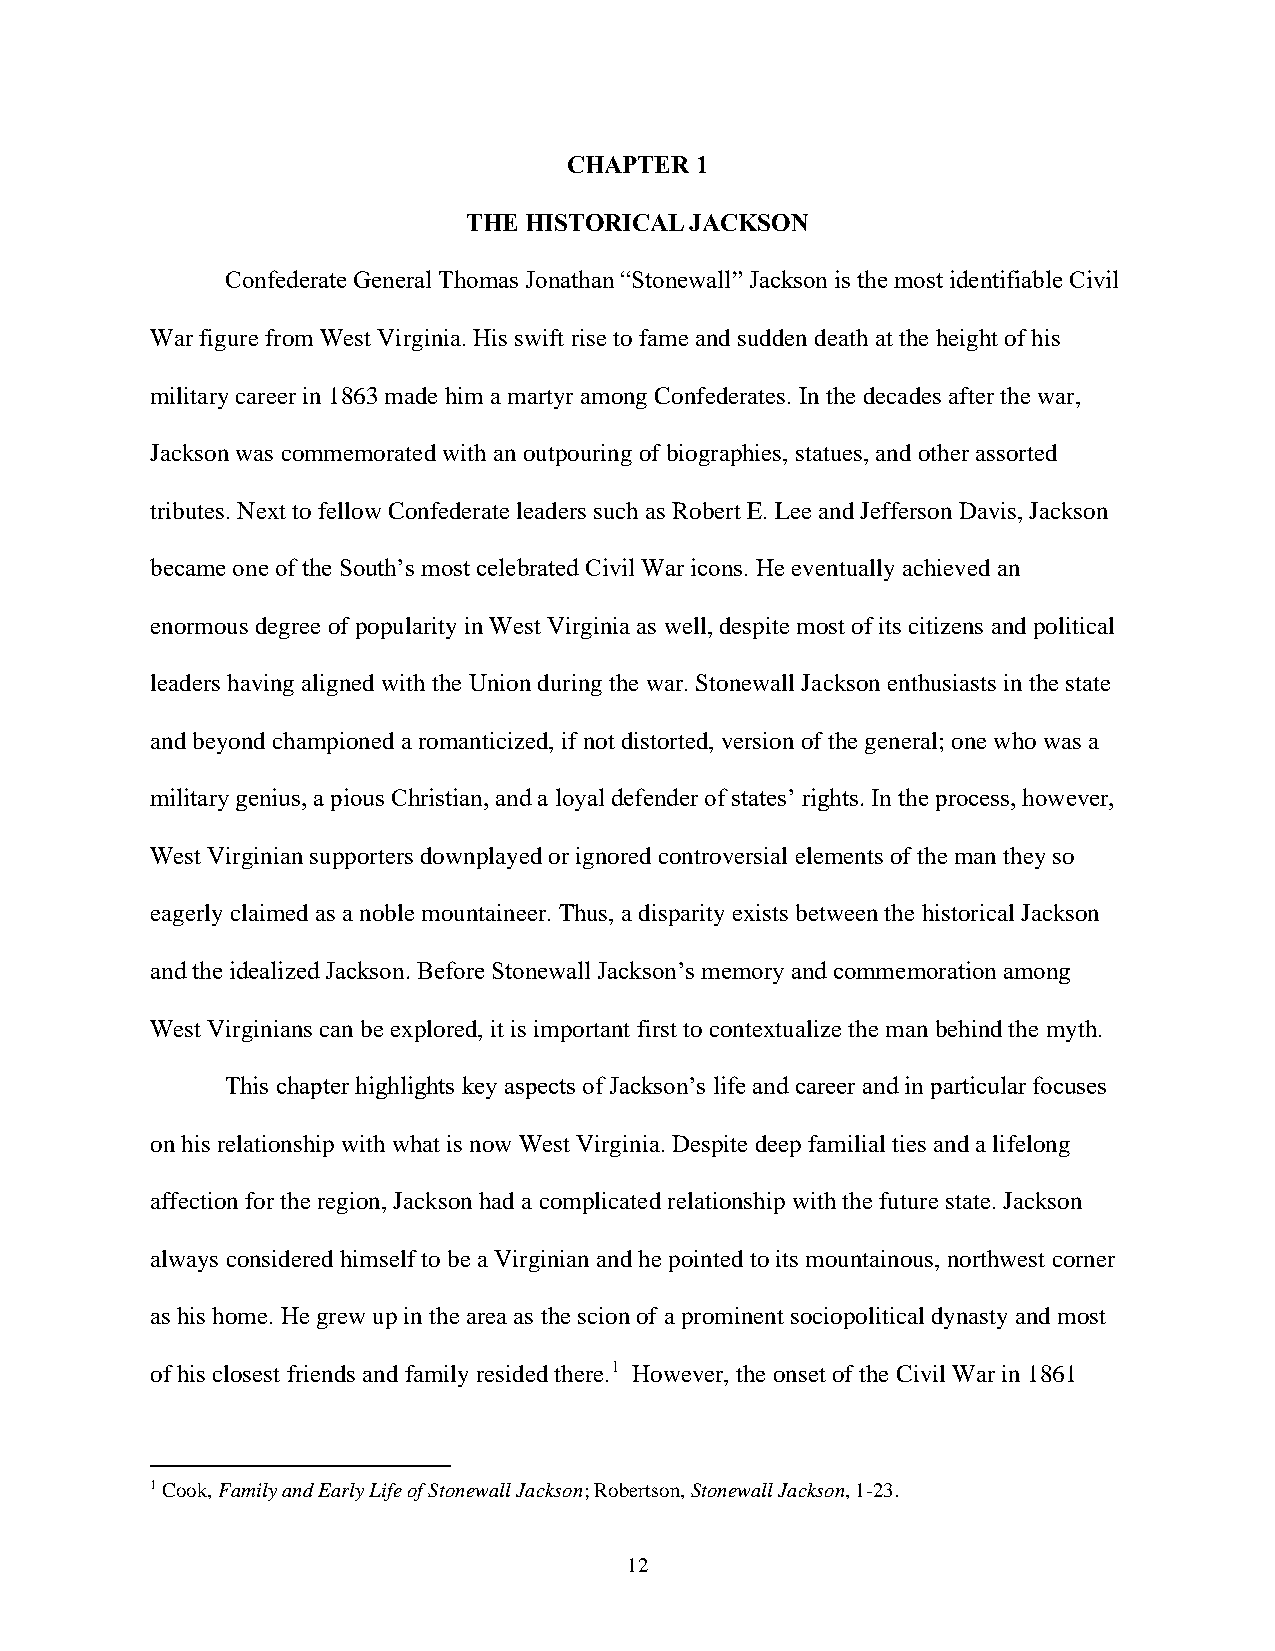
CHAPTER 1
 THE HISTORICAL JACKSON
 Confederate General Thomas Jonathan “Stonewall” Jackson is the most identifiable Civil
 War figure from West Virginia. His swift rise to fame and sudden death at the height of his
 military career in 1863 made him a martyr among Confederates. In the decades after the war,
 Jackson was commemorated with an outpouring of biographies, statues, and other assorted
 tributes. Next to fellow Confederate leaders such as Robert E. Lee and Jefferson Davis, Jackson
 became one of the South’s most celebrated Civil War icons. He eventually achieved an
 enormous degree of popularity in West Virginia as well, despite most of its citizens and political
 leaders having aligned with the Union during the war. Stonewall Jackson enthusiasts in the state
 and beyond championed a romanticized, if not distorted, version of the general; one who was a
 military genius, a pious Christian, and a loyal defender of states’ rights. In the process, however,
 West Virginian supporters downplayed or ignored controversial elements of the man they so
 eagerly claimed as a noble mountaineer. Thus, a disparity exists between the historical Jackson
 and the idealized Jackson. Before Stonewall Jackson’s memory and commemoration among
 West Virginians can be explored, it is important first to contextualize the man behind the myth.
 This chapter highlights key aspects of Jackson’s life and career and in particular focuses
 on his relationship with what is now West Virginia. Despite deep familial ties and a lifelong
 affection for the region, Jackson had a complicated relationship with the future state. Jackson
 always considered himself to be a Virginian and he pointed to its mountainous, northwest corner
 as his home. He grew up in the area as the scion of a prominent sociopolitical dynasty and most
 of his closest friends and family resided there.1 However, the onset of the Civil War in 1861
 1 Cook, Family and Early Life of Stonewall Jackson; Robertson, Stonewall Jackson, 1-23.
 12